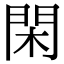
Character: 閑